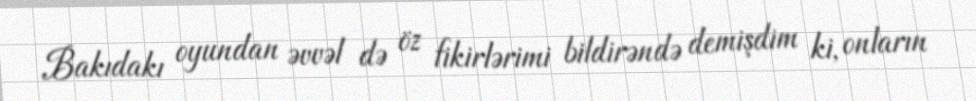
Bakıdakı oyundan əvvəl də öz fikirlərimi bildirəndə demişdim ki, onların